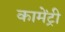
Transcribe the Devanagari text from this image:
कामेंट्री